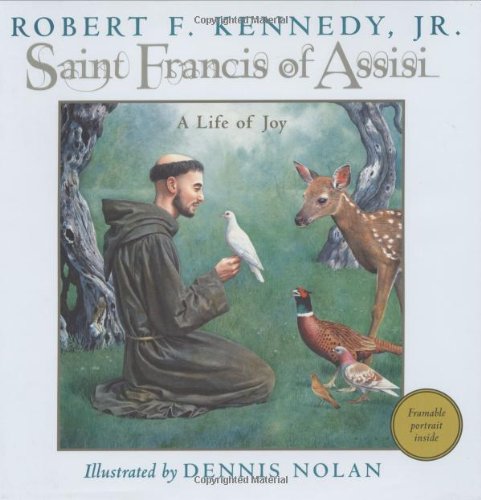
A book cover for Saint Francis of Assisi: A Life of Joy; Robert F. Kennedy; Children's Books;